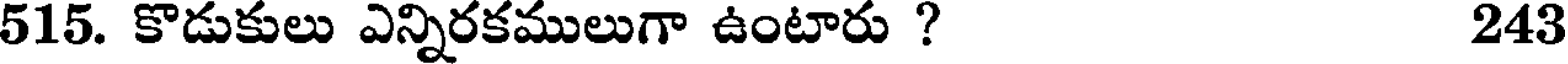
515. కొడుకులు ఎన్నిరకములుగా ఉంటారు ? 243